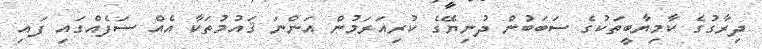
ދިރާގުގެ ކާމިޔާބީތަކުގެ ސަބަބުން ދުނިޔޭގެ ކުރިއަރަމުން އަންނަ ޤައުމުތަކާ އެއް ސަފެއްގައި ފައި